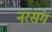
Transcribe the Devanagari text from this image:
नरसंग